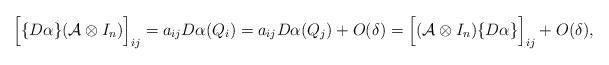
LaTeX: \begin{align*}\Big[ \{D\alpha\} (\mathcal{A}\otimes I_n) \Big]_{ij} = a_{ij} D\alpha(Q_i) = a_{ij} D\alpha(Q_j) + O(\delta) = \Big[ (\mathcal{A}\otimes I_n) \{D\alpha\} \Big]_{ij} + O(\delta),\end{align*}